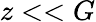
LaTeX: z<<G